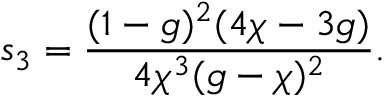
s _ { 3 } = \frac { ( 1 - g ) ^ { 2 } ( 4 \chi - 3 g ) } { 4 \chi ^ { 3 } ( g - \chi ) ^ { 2 } } .